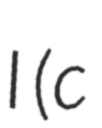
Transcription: I (c